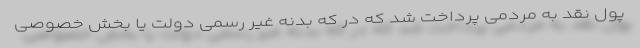
پول نقد به مردمی پرداخت شد که در که بدنه غیر رسمی دولت یا بخش خصوصی